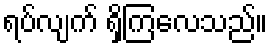
ရပ်လျက် ရှိကြလေသည်။